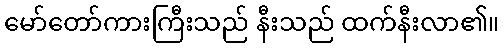
မော်တော်ကားကြီးသည် နီးသည် ထက်နီးလာ၏။